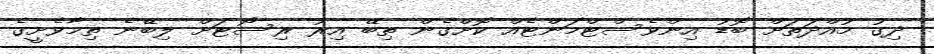
ދިގު މުއްދަތަށް ބޮޑު އިންވެސްޓްމަންޓެއް ކޮށްގެން ތިބޭ އިރު ރިސޯޓަށް ލިބޭނެ ތިމާވެށީގެ